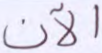
الآن